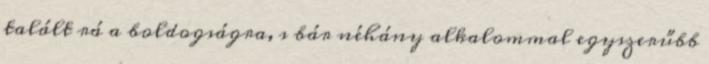
talált rá a boldogságra, s bár néhány alkalommal egyszerűbb